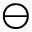
\ominus